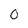
Character: 0